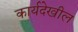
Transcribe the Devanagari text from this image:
कार्यदेखील